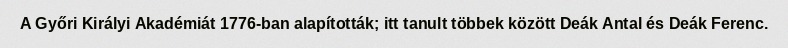
A Győri Királyi Akadémiát 1776-ban alapították; itt tanult többek között Deák Antal és Deák Ferenc.